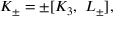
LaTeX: K _ { \pm } = \pm [ K _ { 3 } , \ L _ { \pm } ] ,